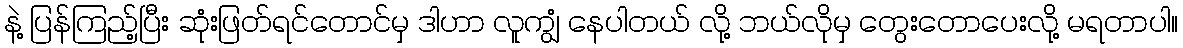
နဲ့ ပြန်ကြည့်ပြီး ဆုံးဖြတ်ရင်တောင်မှ ဒါဟာ လူကျွံ နေပါတယ် လို့ ဘယ်လိုမှ တွေးတောပေးလို့ မရတာပါ။